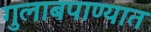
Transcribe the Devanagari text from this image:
गुलाबपाण्यात